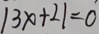
\vert 3 x + 2 \vert = 0